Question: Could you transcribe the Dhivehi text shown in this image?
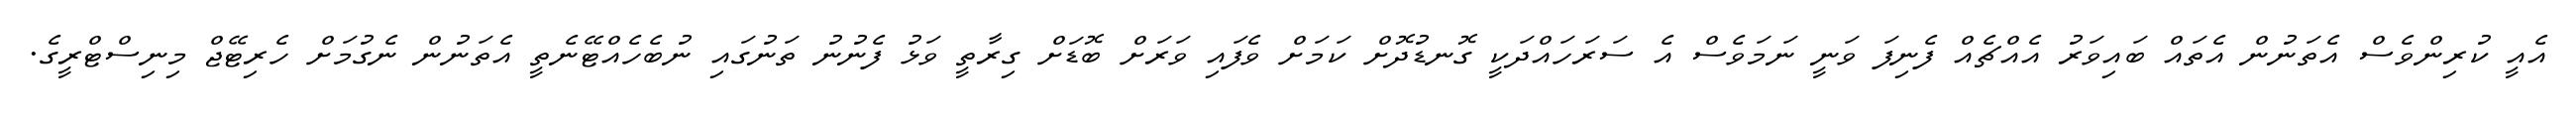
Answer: އެއީ ކުރިންވެސް އެތަނުން އެތައް ބައިވަރު އެއްޗެއް ފެނިފަ ވަނީ ނަމަވެސް އެ ސަރަހައްދަކީ ގޮނޑުދޮށް ކަމަށް ވެފައި ވަރަށް ބޮޑަށް ގިރާތީ ވަޅު ފެނުނު ތަނުގައި ނުބެހެއްޓޭނެތީ އެތަނުން ނެގުމަށް ހެރިޓޭޖް މިނިސްޓްރީގެ.